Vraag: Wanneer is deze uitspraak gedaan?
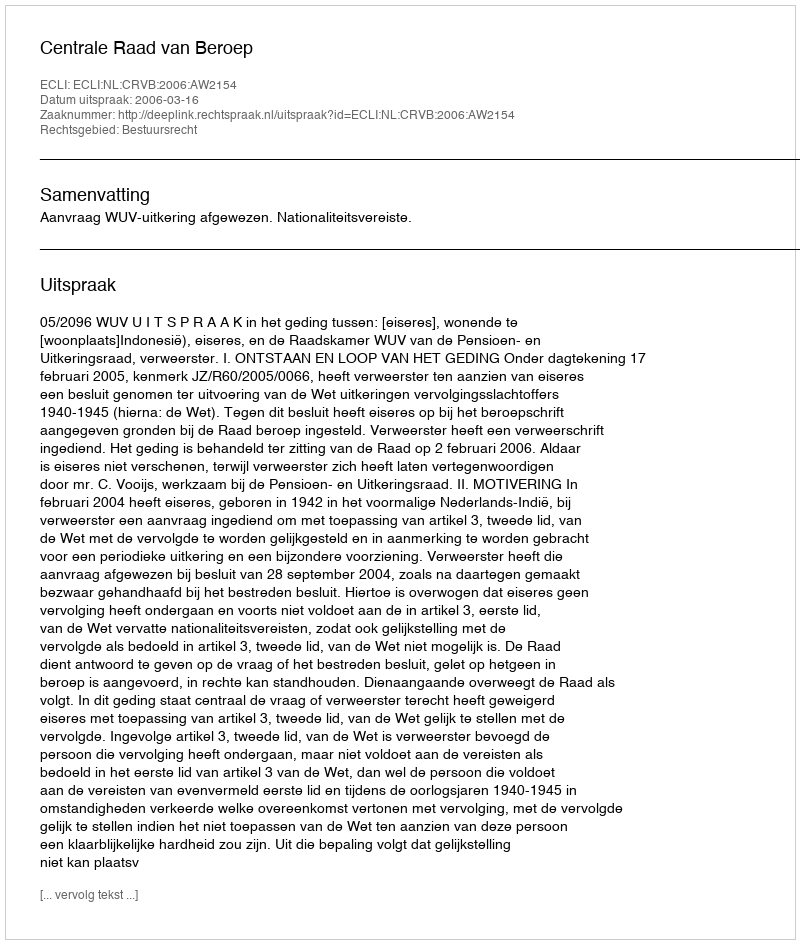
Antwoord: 2006-03-16